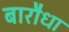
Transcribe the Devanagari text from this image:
बारौधा